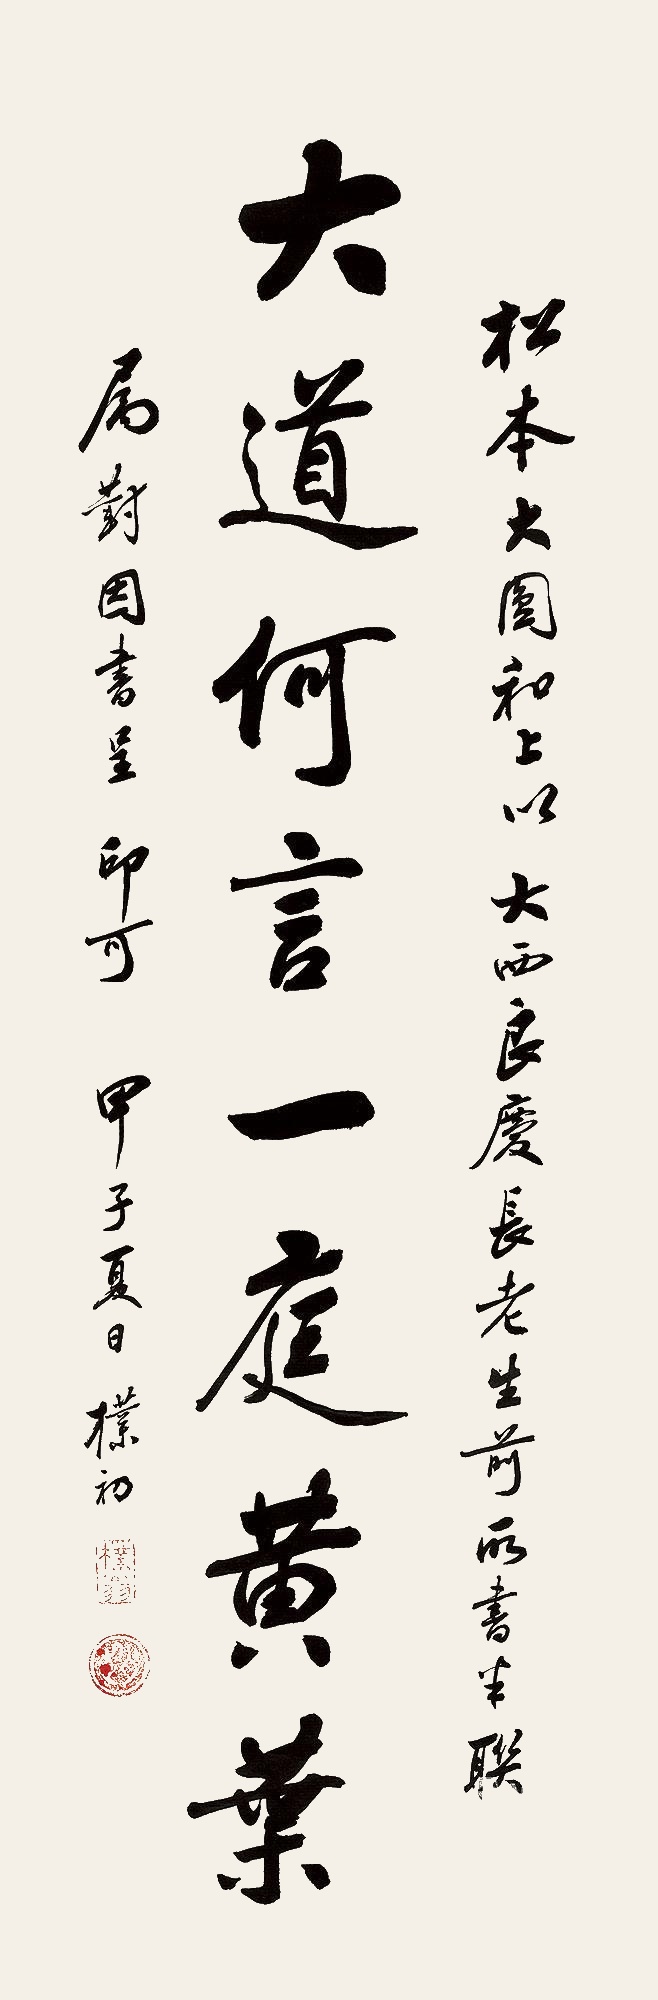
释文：大道何言，一庭黄叶。松元大圆和上以大西良庆长老生前所书半联，属对因书呈印可，甲子夏日，朴初。